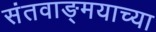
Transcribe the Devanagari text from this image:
संतवाङ्मयाच्या